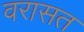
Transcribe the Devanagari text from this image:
वरासत